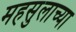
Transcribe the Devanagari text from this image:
महसुलाच्या